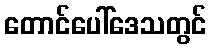
တောင်ပေါ်ဒေသတွင်